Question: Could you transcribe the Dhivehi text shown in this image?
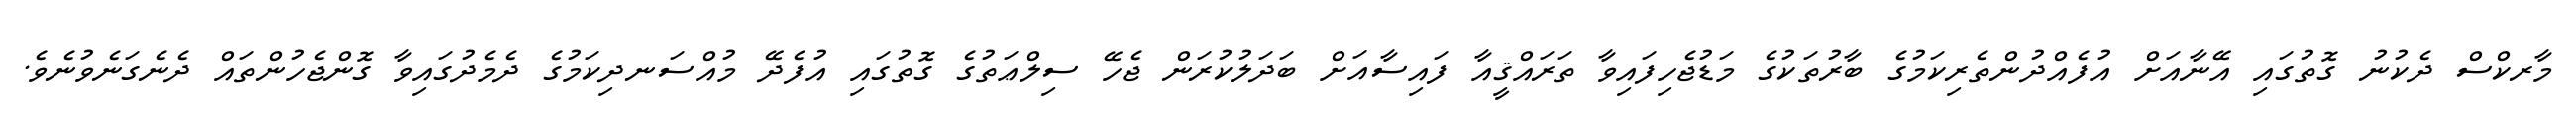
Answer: މާރކްސް ދެކުނު ގޮތުގައި އޭނާއަށް އުފެއްދުންތެރިކަމުގެ ބާރުތަކުގެ މަޑުޖެހިފައިވާ ތަރައްޤީއާ ފައިސާއަށް ބަދަލުކުރަން ޖެހޭ ސިލްޢަތުގެ ގޮތުގައި އުފެދޭ މުއްސަނދިކަމުގެ ދެމެދުގައިވާ ގޮންޖެހުންތައް ދެނެގަނެވުނެވެ.